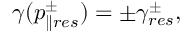
\gamma ( p _ { \parallel r e s } ^ { \pm } ) = \pm \gamma _ { r e s } ^ { \pm } ,